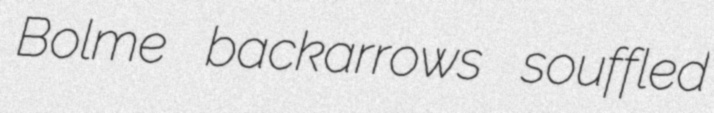
Bolme backarrows souffled